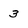
Character: 3